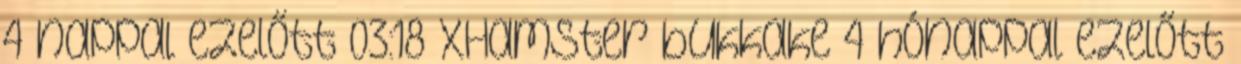
4 nappal ezelőtt 03:18 xHamster bukkake 4 hónappal ezelőtt